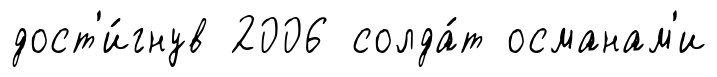
дост'и́гнув 2006 солда́т османам'и